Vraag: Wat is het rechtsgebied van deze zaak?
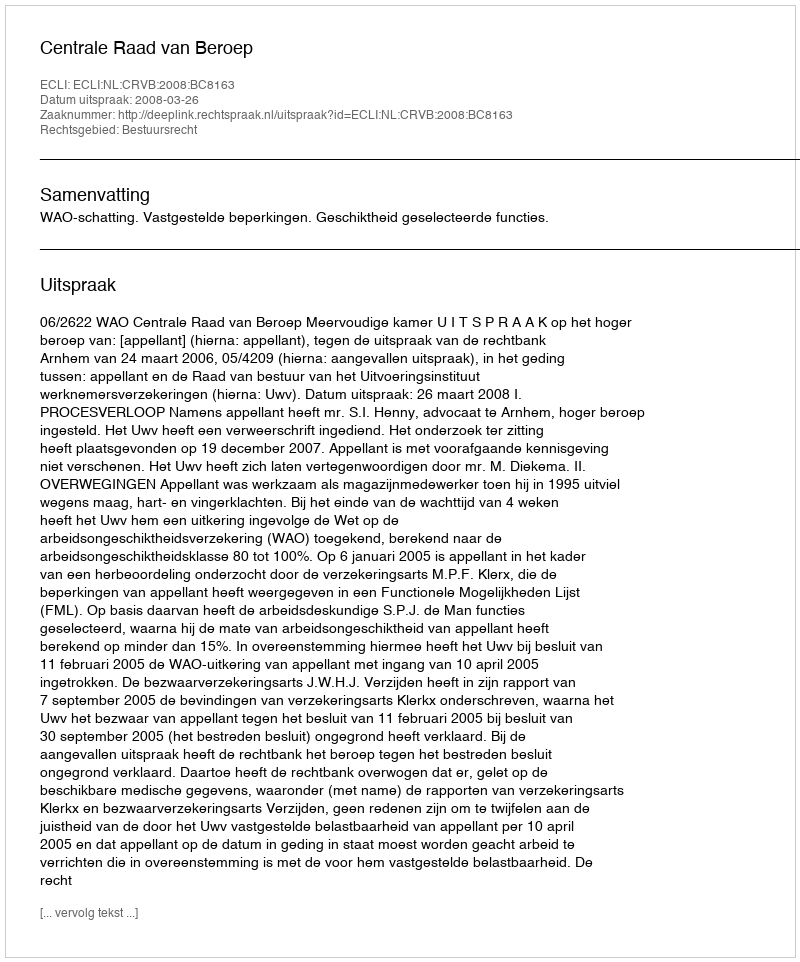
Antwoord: Bestuursrecht